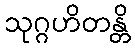
သုဂ္ဂဟိတန္တိ